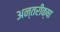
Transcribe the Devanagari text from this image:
अन्तरीक्षा